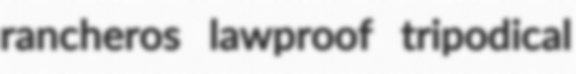
rancheros lawproof tripodical